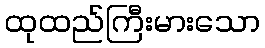
ထုထည်ကြီးမားသော